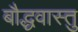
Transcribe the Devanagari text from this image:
बौद्धवास्तु